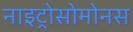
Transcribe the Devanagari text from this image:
नाइट्रोसोमोनस